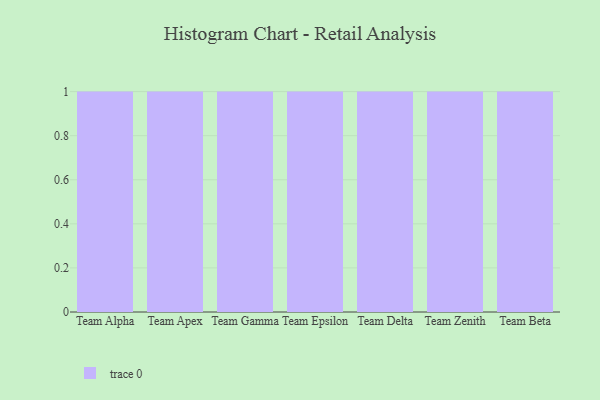
{"axis": {"x": "Team", "y": "LTV (USD)"}, "legend": [""], "data": [{"x": "Team Alpha", "y": 65, "type": ""}, {"x": "Team Apex", "y": 97, "type": ""}, {"x": "Team Gamma", "y": 53, "type": ""}, {"x": "Team Epsilon", "y": 78, "type": ""}, {"x": "Team Delta", "y": 19, "type": ""}, {"x": "Team Zenith", "y": 85, "type": ""}, {"x": "Team Beta", "y": 25, "type": ""}]}